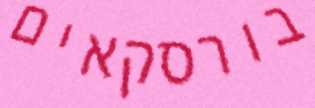
בורסקאים